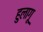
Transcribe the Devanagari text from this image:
हुलागू